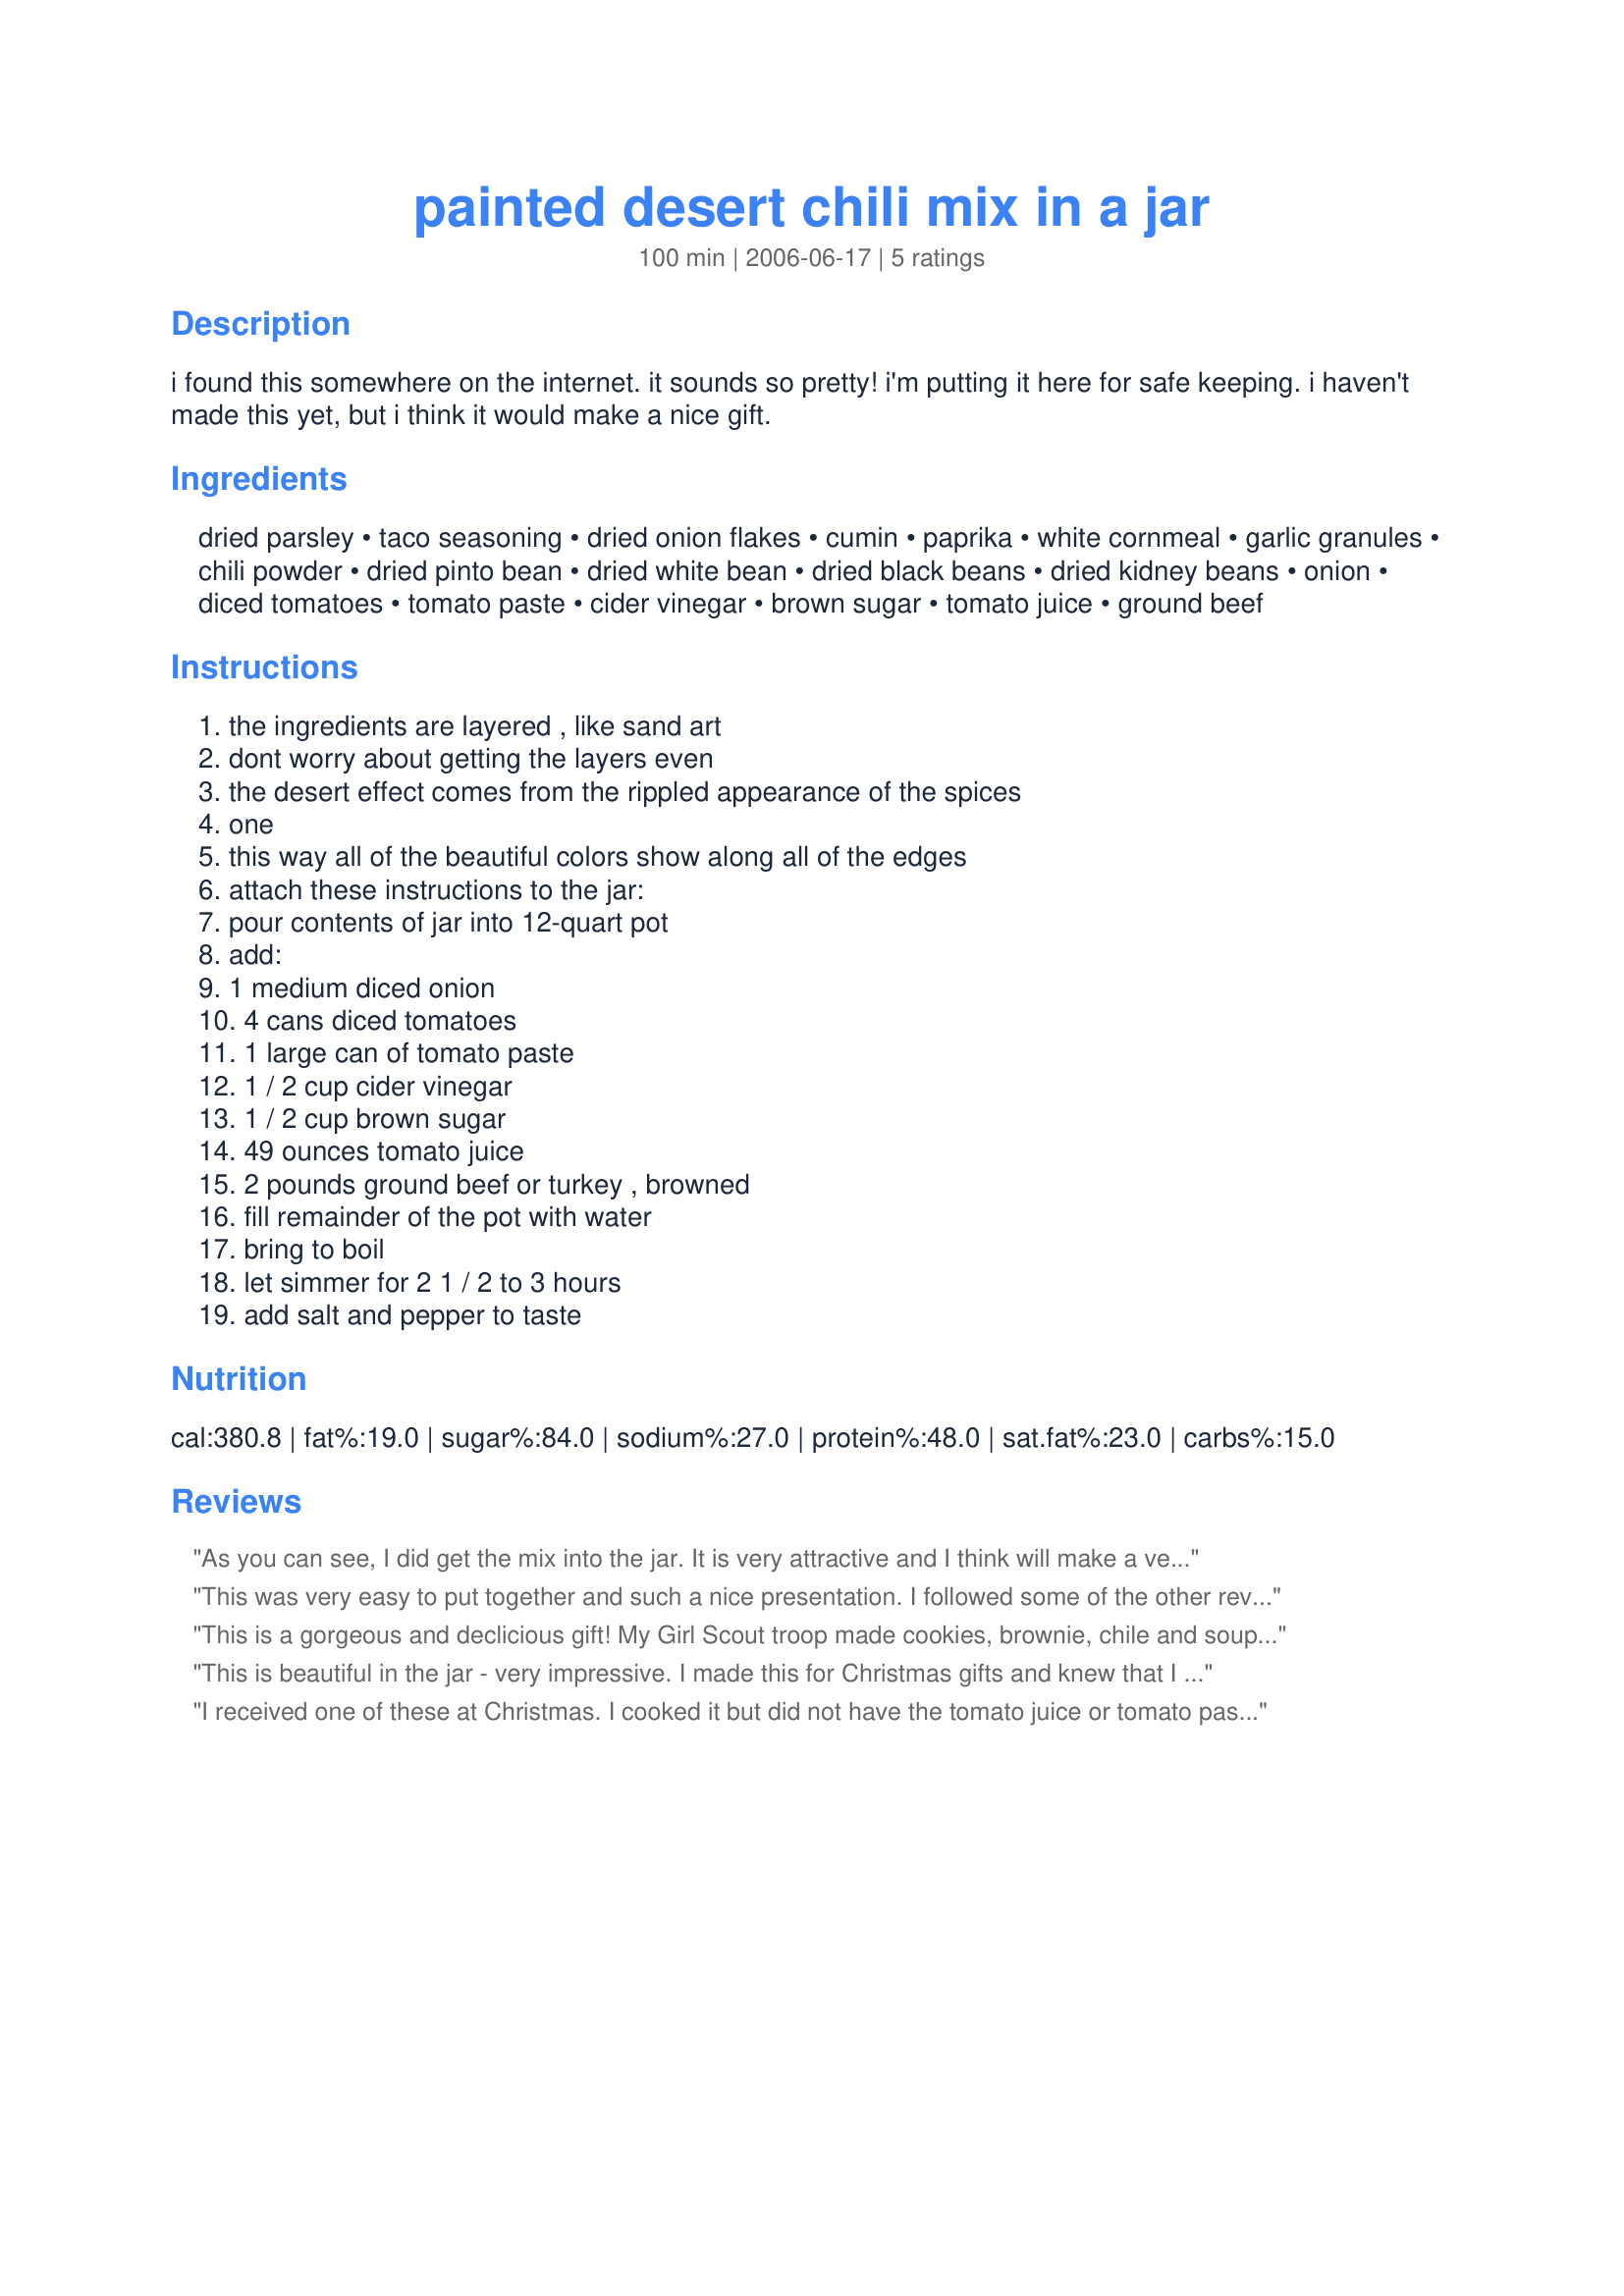
painted desert chili mix in a jar
Preparation time: 100 minutes

i found this somewhere on the internet. it sounds so pretty! i'm putting it here for safe keeping. i haven't made this yet, but i think it would make a nice gift.

Ingredients:
dried parsley, taco seasoning, dried onion flakes, cumin, paprika, white cornmeal, garlic granules, chili powder, dried pinto bean, dried white bean, dried black beans, dried kidney beans, onion, diced tomatoes, tomato paste, cider vinegar, brown sugar, tomato juice, ground beef

Steps:
the ingredients are layered , like sand art, dont worry about getting the layers even, the desert effect comes from the rippled appearance of the spices, one, this way all of the beautiful colors show along all of the edges, attach these instructions to the jar:, pour contents of jar into 12-quart pot, add:, 1 medium diced onion, 4 cans diced tomatoes, 1 large can of tomato paste, 1 / 2 cup cider vinegar, 1 / 2 cup brown sugar, 49 ounces tomato juice, 2 pounds ground beef or turkey , browned, fill remainder of the pot with water, bring to boil, let simmer for 2 1 / 2 to 3 hours, add salt and pepper to taste

Reviews:
As you can see, I did get the mix into the jar. It is very attractive and I think will make a very nice gift along with a jar of my <a href="/167160">Cornbread Mix</a>. I plan to come back and post a review of the soup once it has been made. As for the mix, to fill out the 2-quart jar, I found it necessry to use 1/3 cup each of the white beans and black beans. I did add a few additional dried pintos to the top to make sure that the pretty seasoning mix would stay in place. Also, after I began adding the beans, I used my tamper tool to pack the seasoning down to keep it from shifting.
This was very easy to put together and such a nice presentation. I followed some of the other reviewer's tips and added a few extra beans and tamped everything down good. Great looking Christmas gift for my chili-loving friends. Thanks for posting dicentra ~ made for LET'S PARTY TAG, December 2009!
This is a gorgeous and declicious gift! My Girl Scout troop made cookies, brownie, chile and soup mix in a jar and sold the jars at craft shows. I tested this recipe first in a quart sized jar and added an extra 1/4 cup of red beans and maybe upped some of the other beans slightly to fill the jar to the top. It made a gigantic amount of wonderful chile. 
For the Girl Scout sale, we halved the ingredients, added the extra 1/8 cup red beans. I still used the full 2 pounds of ground turkey with the the 1/2 recipe. I would add an option to the directions to add red pepper flakes or cayenne (cautiously) to taste.
This is beautiful in the jar - very impressive. I made this for Christmas gifts and knew that I needed to taste it before giving it away. A quart jar makes a HUGE amount of chili. The water added to "fill the pot" was a gallon. I would cut down a bit on that if you like your chili thicker rather than on the thin side. It's not a spicy chili - flavor was nice. I would suggest halving everything, putting it into a pint jar. That would make a more managable amount of chili! Oh and cooking time was 3 hours for the beans to soften.
I received one of these at Christmas. I cooked it but did not have the tomato juice <br/>or tomato paste (I have found adding tomato paste to chili caused heartburn so I don't use it) or onion so I put in about 4 tbs of minced onion, I only had two cans of diced tomatoes and they were the Delmonte zesty milld green chili's, I did not drain them. I used a jar of Ragu chunky garden vegetable, then filled up the sauce jar with water and added the water. <br/>I simmered it for two & half hours and the beans were still crunchy. I added a can of black beans and and a can of red kidney beans because it was not thick like my guys like it to be. <br/>I cook a lot of chili with kidney & black beans.<br/>I'm not a fan of the taco seasoning in chili. I did not fill the pot with water to the top, only put in the sauce jar of water and it filled a big pot.<br/>If I ever make this again I would do it in a crock pot <br/>It seemed to take about 4 hours at a simmer. Its a really beautiful gift
